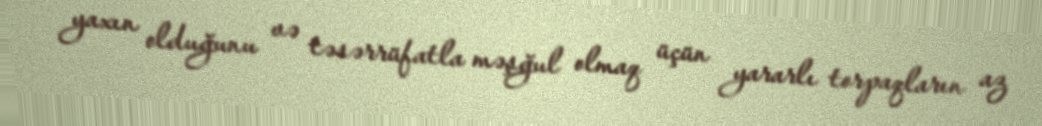
yaxın olduğunu və təsərrüfatla məşğul olmaq üçün yararlı torpaqların az